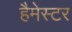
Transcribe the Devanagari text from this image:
हैमेस्टर